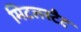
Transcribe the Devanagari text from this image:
मिटलस्टैट